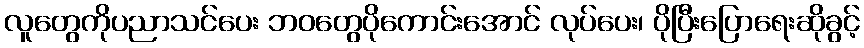
လူတွေကိုပညာသင်ပေး ဘဝတွေပိုကောင်းအောင် လုပ်ပေး၊ ပိုပြီးပြောရေးဆိုခွင့်